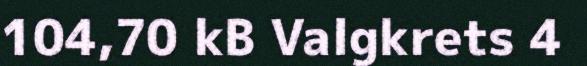
104,70 kB Valgkrets 4